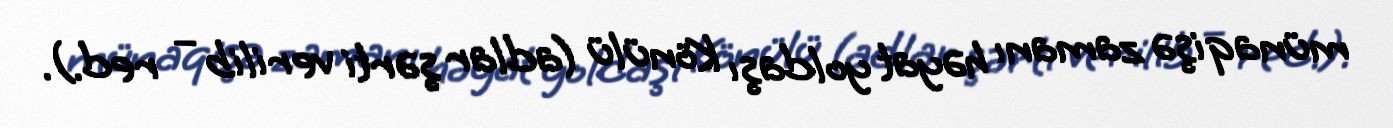
münaqişə zamanı həyat yoldaşı Könülü (adlar şərti verilib – red.).